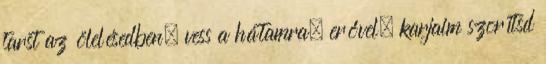
tarst az ölelésedben, vess a hátamra, erővel, karjaim szorítsd